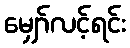
မျှော်လင့်ရင်း